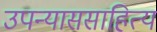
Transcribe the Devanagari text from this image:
उपन्याससाहित्य